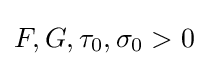
F,G,\tau _{0},\sigma _{0}>0